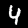
Digit: 4